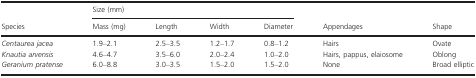
<table><thead><tr><td rowspan="2"><b>Species</b></td><td colspan="4"><b>Size (mm)</b></td><td rowspan="2"><b>Appendages</b></td><td rowspan="2"><b>Shape</b></td></tr><tr><td><b>Mass (mg)</b></td><td><b>Length</b></td><td><b>Width</b></td><td><b>Diameter</b></td></tr></thead><tbody><tr><td><i>Centaurea jacea</i></td><td>1.9–2.1</td><td>2.5–3.5</td><td>1.2–1.7</td><td>0.8–1.2</td><td>Hairs</td><td>Ovate</td></tr><tr><td><i>Knautia arvensis</i></td><td>4.6–4.7</td><td>3.5–6.0</td><td>2.0–2.4</td><td>1.0–2.0</td><td>Hairs, pappus, elaiosome</td><td>Oblong</td></tr><tr><td><i>Geranium pratense</i></td><td>6.0–8.8</td><td>3.0–3.5</td><td>1.5–2.0</td><td>1.5–2.0</td><td>None</td><td>Broad elliptic</td></tr></tbody></table>